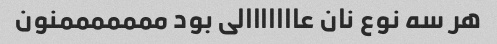
هر سه نوع نان عااااااالی بود مممممممنون